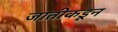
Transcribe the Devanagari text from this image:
जातीकडून